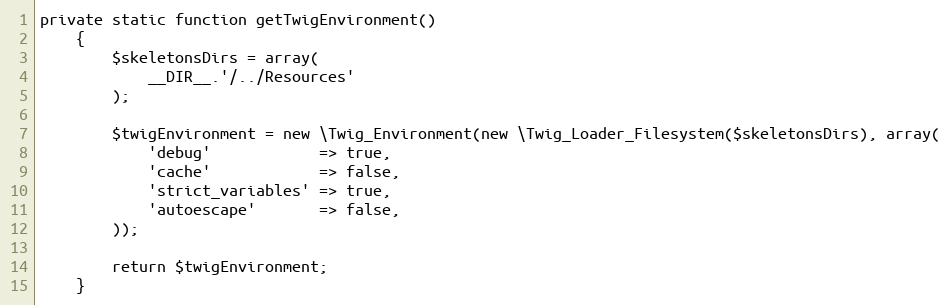
Language: PHP
private static function getTwigEnvironment()
    {
        $skeletonsDirs = array(
            __DIR__.'/../Resources'
        );

        $twigEnvironment = new \Twig_Environment(new \Twig_Loader_Filesystem($skeletonsDirs), array(
            'debug'            => true,
            'cache'            => false,
            'strict_variables' => true,
            'autoescape'       => false,
        ));

        return $twigEnvironment;
    }